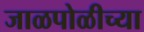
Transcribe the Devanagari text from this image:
जाळपोळीच्या